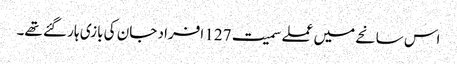
اس سانحے میں عملے سمیت 127 افراد جان کی بازی ہار گئے تھے۔